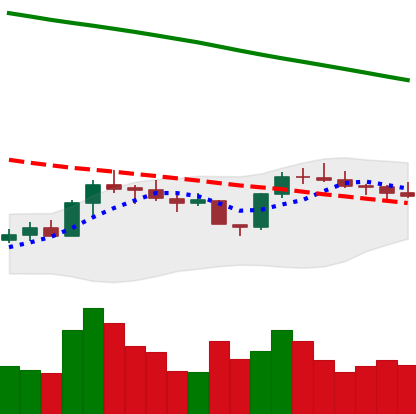
Ticker: BTC-USD
Chart end date: 2022-08-03
Forward return: 4.215%
Label: up_3_5